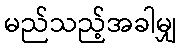
မည်သည့်အခါမျှ